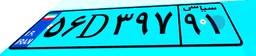
۷۸D۲۹۸۸۱